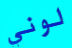
لوني